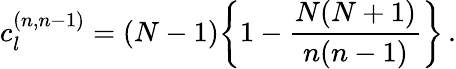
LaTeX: c_{l}^{(n,n-1)}=(N-1)\bigg\{ 1-{\frac{N(N+1)}{n(n-1)}}\bigg\} \, .